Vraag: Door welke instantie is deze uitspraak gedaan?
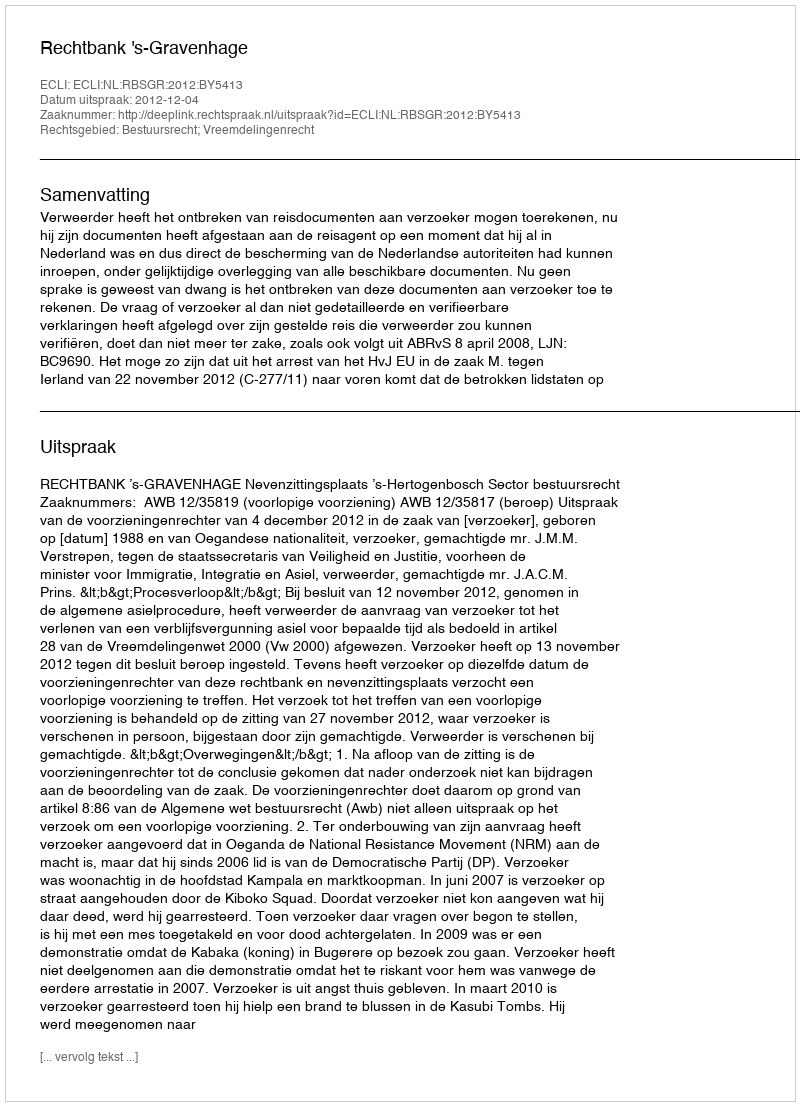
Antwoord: Rechtbank 's-Gravenhage